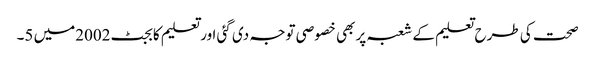
صحت کی طرح تعلیم کے شعبہ پر بھی خصوصی توجہ دی گئی اور تعلیم کا بجٹ2002میں 5۔